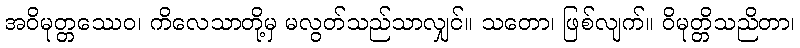
အဝိမုတ္တဿေဝ၊ ကိလေသာတို့မှ မလွတ်သည်သာလျှင်။ သတော၊ ဖြစ်လျက်။ ဝိမုတ္တိသညိတာ၊